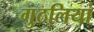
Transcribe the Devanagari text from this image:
गुठलियां